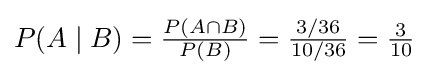
P(A\mid B)={\tfrac {P(A\cap B)}{P(B)}}={\tfrac {3/36}{10/36}}={\tfrac {3}{10}}